Lunatic asylums Punjab 1881-1894 - 1881-1894
Year: 1881
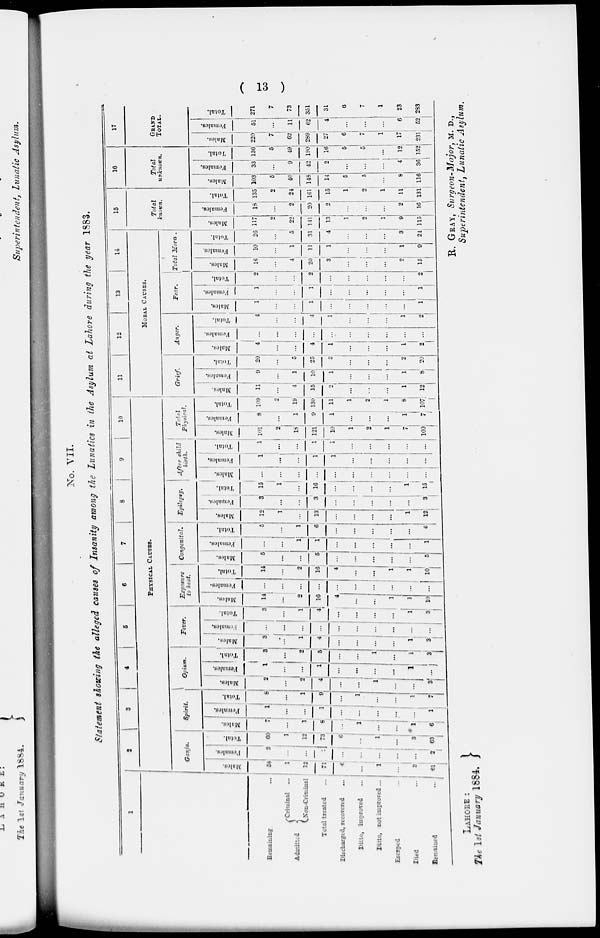
( 13 )
No. VII.
Statement showing the alleged causes of Insanity among the Lunatics in the Asylum at Lahore during the year 1883.
1
Remaining ...
Admitted
Criminal ...
Non-Criminal
Total treated ...
Discharged, recovered ...
Ditto, improved ...
Ditto, not improved ...
Escaped
...
Died
...
Remained
...
2
3
4 5
6
7
8
9
10
PHYSICAL CAUSES.
Ganja.
Males.
58
1
12
71
6
...
1
...
3
61
Females.
2
. . .
...
1
...
...
...
...
...
2
Total.
60
1 12
73
6
...
1
...
3
63
Spirit.
Males.
7
...
1
8
...
1
...
...
1
6
Females.
1
...
...
1
...
...
...
...
...
1
Total.
8
...
1
9
...
1
...
...
1
7
Opium.
Males.
2
...
2
4
...
...
1
...
...
3
Females.
1
...
...
1
...
...
...
...
1
...
Total.
3
...
2
5
...
...
1
...
1
3
Fever.
Males.
3
...
1
4
...
...
...
...
1
3
Females.
...
...
...
...
...
...
1
...
...
...
Total.
3
...
1
4
...
...
...
...
1
3
Exposure
to heat.
Males.
14
...
2
16
4
...
...
1
1
10
Females.
...
...
...
...
...
...
...
...
...
...
Total.
14
...
2
16
4
...
...
1
1
10
Congenital.
Males.
5
...
...
5
...
...
...
...
...
5
Females.
...
...
1
1
...
...
...
...
...
1
Total.
5
...
1
6
...
...
...
...
...
6
Epilepsy.
Males.
12
1
...
13
...
...
...
...
1
12
Females.
3
...
...
3
...
...
...
...
...
3
Total.
15
1
...
16
...
...
...
...
1
15
After child
birth.
Males.
...
...
...
...
...
...
...
...
...
...
Females.
1
...
...
1
1
...
...
...
. . .
...
Total.
1
...
...
1
1
...
...
...
...
...
Total
Physical.
Males.
101
2
18
121
10
1
2
1
7
100
Females.
8
...
1
9
1
...
...
...
1
7
Total.
109
2
19
130
11
1
2
1
8
107
11
12
13
14
MORAL CAUSES.
Grief.
Males.
11
...
4
15
2
...
...
...
1
12
Females.
9
...
1
10
1
...
...
...
1
8
Total.
20
...
5
25
3
...
...
...
2
20
Anger.
Males.
4
...
...
4
1
...
...
...
1
2
Females.
...
...
...
...
...
...
...
...
...
...
Total.
4
...
...
4
1
...
...
...
1
2
Fear.
Males.
1
...
...
1
...
...
...
...
...
1
Females.
1
...
...
1
...
...
...
...
...
1
Total.
2
...
...
2
...
...
...
...
...
2
Total Mora .
Males.
16
...
4
20
3
...
...
...
2
15
Females.
10
...
1
11
1
...
...
...
1
9
Total.
26
...
5
31
4
...
...
...
3
24
15
Total
known.
Males.
117
2
22
141
13
1
2
1
9
115
Females.
18
...
2
20
2
...
...
...
2
16
Total.
135
2
24
161
15
1
2
1
11
131
16
Total
unknown.
Males.
103
5
40
148
14
5
5
...
8
116
Females.
33
...
9
42
2
...
...
...
4
36
Total.
136
5
49
190
16
5
5
...
12
152
17
GRAND
TOTAL.
Males.
220
7
62
289
27
6
7
1
17
231
Females.
51
...
11
62
4
...
...
...
6
52
Total.
271
7
73
351
31
6
7
1
23
283
LAHORE :
The 1st January 1884.
R. GRAY, Surgeon-Major, M. D.,
Superintendent, Lunatic Asylum.